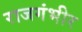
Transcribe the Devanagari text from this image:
राजगंभीर